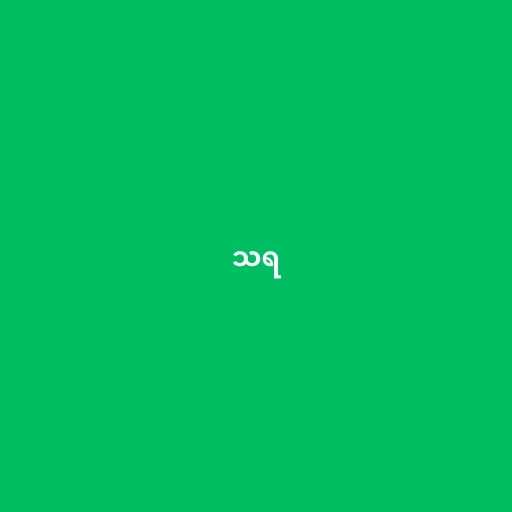
သရ